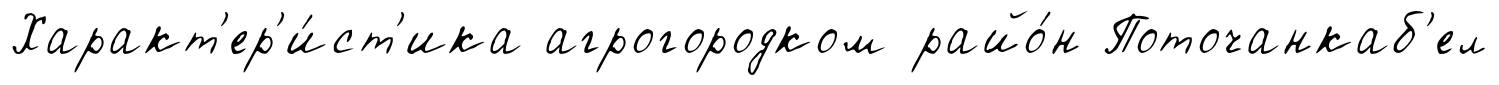
Характ'ер'и́ст'ика агрогородком райо́н Поточанкаб'ел